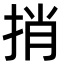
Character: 捎